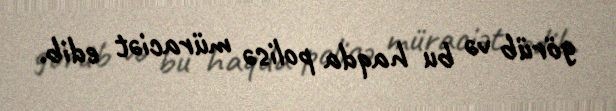
görüb və bu haqda polisə müraciət edib.